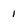
Character: 1